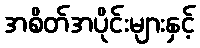
အစိတ်အပိုင်းများနှင့်